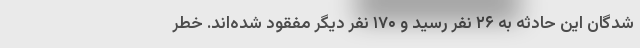
شدگان این حادثه به ۲۶ نفر رسید و ۱۷۰ نفر دیگر مفقود شده‌اند. خطر